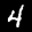
Label: 4